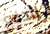
للدفع